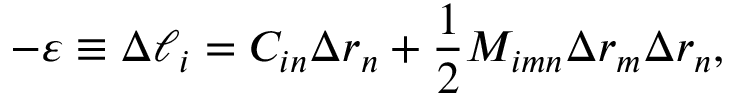
- \varepsilon \equiv \Delta \ell _ { i } = C _ { i n } \Delta r _ { n } + \frac { 1 } { 2 } M _ { i m n } \Delta r _ { m } \Delta r _ { n } ,